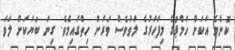
ކޮންމެ އަކަށް ހަމްޕުގެ މިފަހަރުގެ ލަވަވެސް ވަރަށް ހިތްގައިމެވެ. ގިނަ ބަޔަކަށް ލަވަ